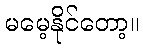
မမေ့နိုင်တော့။